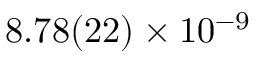
8 . 7 8 ( 2 2 ) \times 1 0 ^ { - 9 }